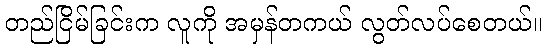
တည်ငြိမ်ခြင်းက လူကို အမှန်တကယ် လွတ်လပ်စေတယ်။